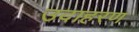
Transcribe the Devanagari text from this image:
उदाहरण